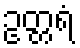
ဥတ္တရံ